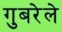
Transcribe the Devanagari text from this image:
गुबरेले